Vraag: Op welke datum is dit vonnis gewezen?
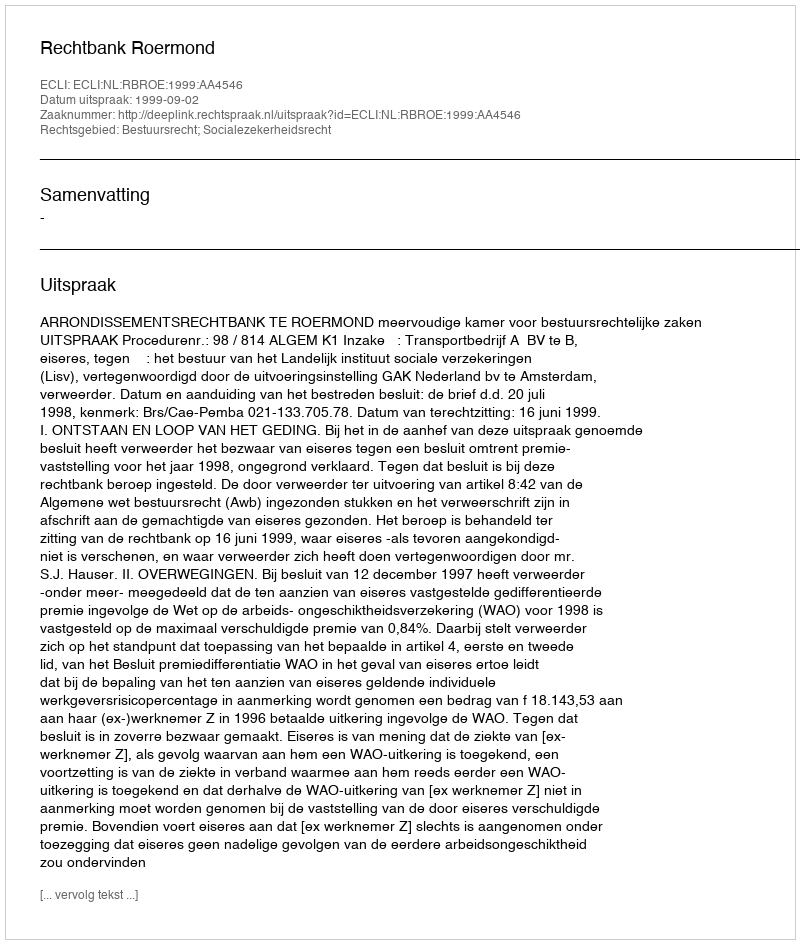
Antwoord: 1999-09-02